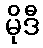
မိုဒီ